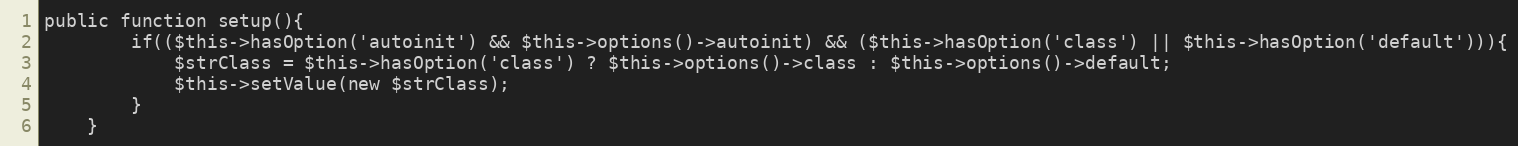
Language: PHP
public function setup(){
		if(($this->hasOption('autoinit') && $this->options()->autoinit) && ($this->hasOption('class') || $this->hasOption('default'))){
			$strClass = $this->hasOption('class') ? $this->options()->class : $this->options()->default;
			$this->setValue(new $strClass);
		}
	}